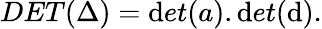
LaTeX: DET(\Delta)=\mathrm{d}et(a).\mathrm{d}et(\mathrm{d}).